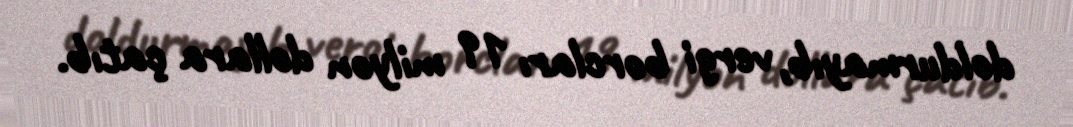
doldurmayıb, vergi borcları 19 milyon dollara çatıb.